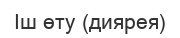
Іш өту (диярея)